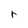
Character: r